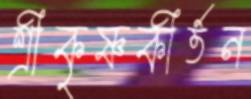
শ্রীকৃষ্ণকীর্তন